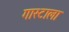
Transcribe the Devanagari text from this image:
गास्टाला